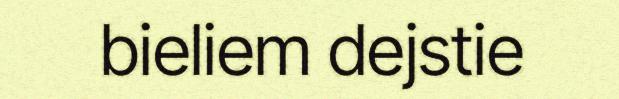
bieliem dejstie